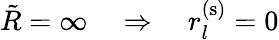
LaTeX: \tilde{R}=\infty\quad\Rightarrow\quad r_{l}^{(\mathrm{s})}=0